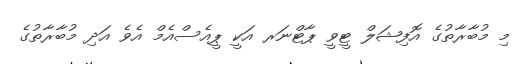
މި މުބާރާތުގެ އޮފިޝަލް ޓީވީ ޕާޓްނަރ އަކީ ޕީއެސްއެމް އެވެ އަދި މުބާރާތުގެ